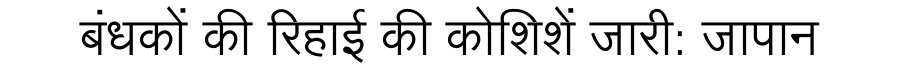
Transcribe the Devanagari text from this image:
बंधकों की रिहाई की कोशिशें जारी: जापान